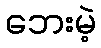
ဘေးမဲ့